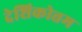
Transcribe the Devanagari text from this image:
देशिकोत्तम